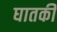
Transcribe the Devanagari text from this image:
घातकी